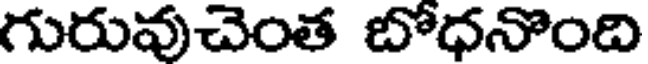
గురువుచెంత బోధనొంది